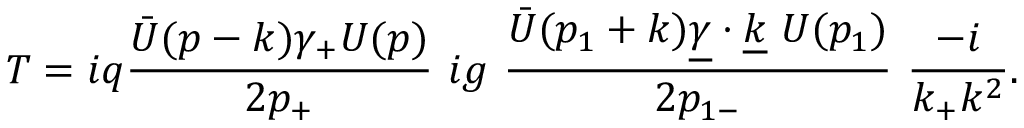
T = i q { \frac { { \bar { U } } ( p - k ) \gamma _ { + } U ( p ) } { 2 p _ { + } } } \ i g \ { \frac { { \bar { U } } ( p _ { 1 } + k ) { \underline { { \gamma } } } \cdot { \underline { { k } } } \ U ( p _ { 1 } ) } { 2 p _ { 1 - } } } \ { \frac { - i } { k _ { + } k ^ { 2 } } } .